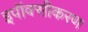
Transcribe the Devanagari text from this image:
इपॉक्सीकरण